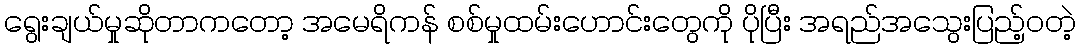
ရွေးချယ်မှုဆိုတာကတော့ အမေရိကန် စစ်မှုထမ်းဟောင်းတွေကို ပိုပြီး အရည်အသွေးပြည့်ဝတဲ့